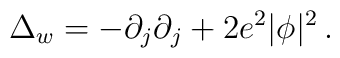
\Delta_w=-\partial_j\partial_j +2e^2|\phi |^2 \,.